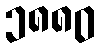
၁၈၈၀